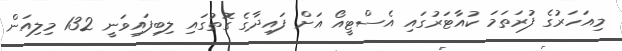
މިއަހަރުގެ ފުރަތަމަ ކުއާޓަރުގައި އެސްޓީއޯ އަށް ފައިދާގެ ގޮތުގައި ލިބިފައިވަނީ 132 މިލިއަން